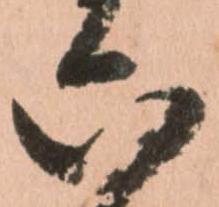
六